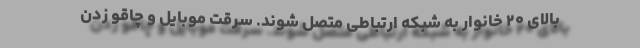
بالای ۲۰ خانوار به شبکه ارتباطی متصل شوند. سرقت موبایل و چاقو زدن